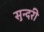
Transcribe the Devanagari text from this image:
सुन्‍दरी